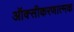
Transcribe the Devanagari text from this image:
ऑक्सीकरणात्मक